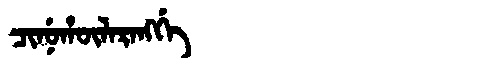
Manchu: ᠴᡳᠨᡠᡥᡡᠯᠠᡵᠠᠩᡤᡝ
Romanization: CINUHŪLARANGGE